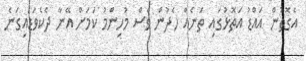
އެގޮތުން އައްޑު އަތޮޅުގައި ތަނެއް ހެދުން ވެސް މުހިންމު ކަމަށް އޭނާ ދެކެވަޑައިގަނެ